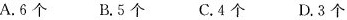
A.6个 B.5个 C.4个 D.3个